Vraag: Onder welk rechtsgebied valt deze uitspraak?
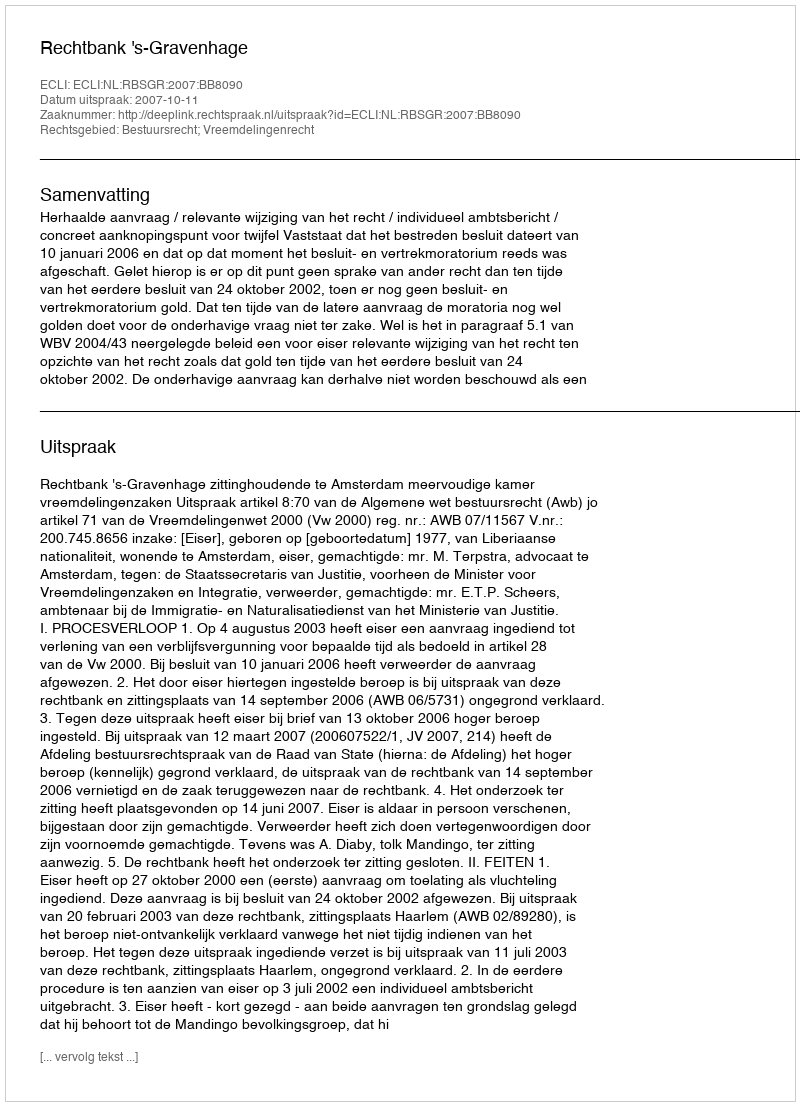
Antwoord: Bestuursrecht; Vreemdelingenrecht